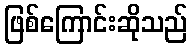
ဖြစ်ကြောင်းဆိုသည်